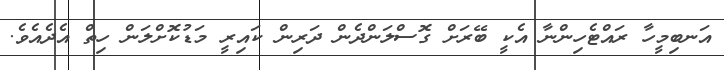
އަނބިމީހާ ރައްޓެހިންނާ އެކީ ބޭރަށް ގޮސްލަންދެން ދަރިން ކައިރީ މަޑުކޮށްލަން ހިތް އެދެއެވެ.